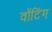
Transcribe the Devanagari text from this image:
वोंटिंग